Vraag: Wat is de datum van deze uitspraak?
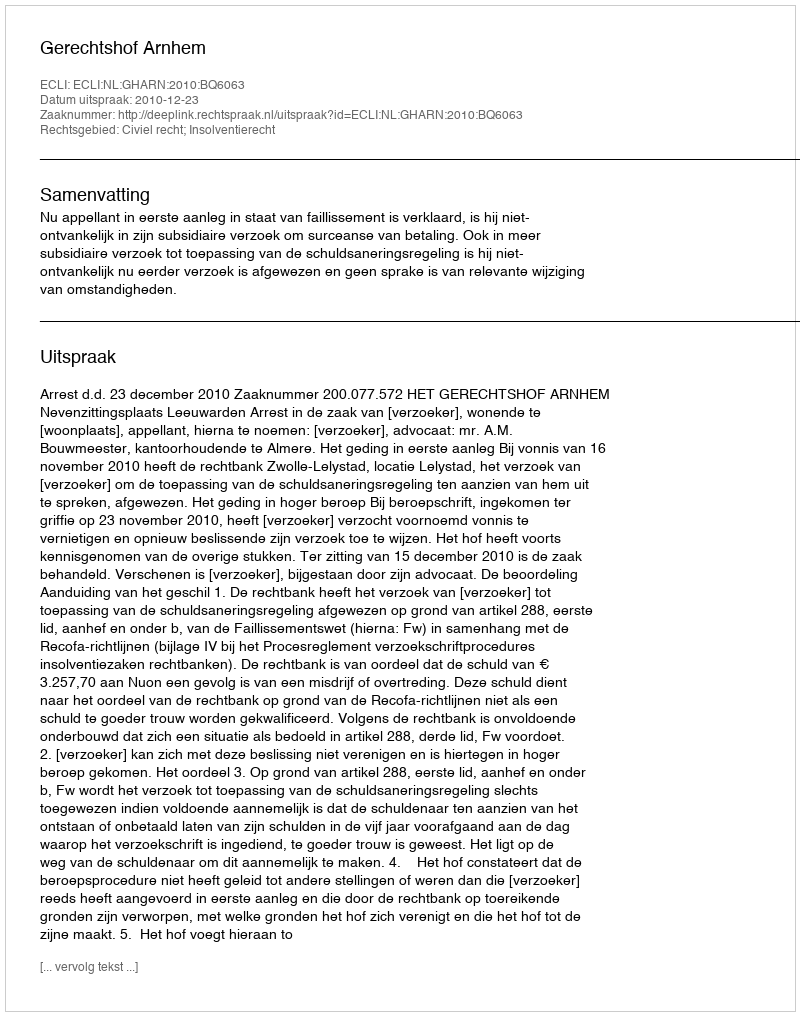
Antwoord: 2010-12-23